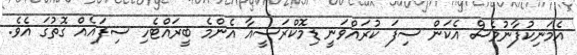
އެމަނިކުފާނުވެސް އެކަން ސިފަ ކުރައްވަނީ ޑިމޮކްރަސީއާ އެންމެ ބީރައްޓެހި ސިފައެއް ގޮތުގަ އެވެ.